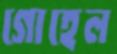
গোহেল